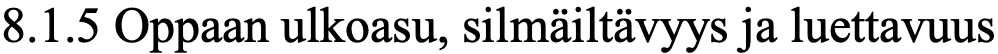
8.1.5 Oppaan ulkoasu, silmäiltävyys ja luettavuus